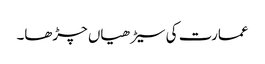
عمارت کی سیڑھیاں چڑھا۔